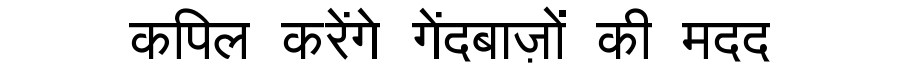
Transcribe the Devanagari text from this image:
कपिल करेंगे गेंदबाज़ों की मदद